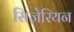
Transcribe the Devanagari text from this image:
सिज़ेरियन